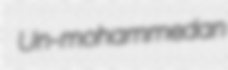
Un-mohammedan